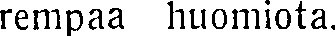
rempaa huomiota.